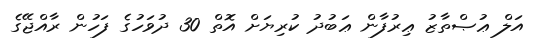
އަލް ޢުޞްތާޒު ޢިރުފާން ޢަބުދު ކުރިޔަށް އޮތް 30 ދުވަހުގެ ފަހުން ރާއްޖޭގެ